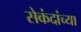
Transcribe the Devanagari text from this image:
सेकंदांच्या